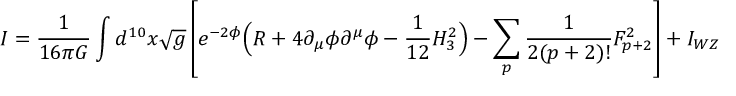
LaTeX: I = \frac { 1 } { 1 6 \pi G } \int d ^ { 1 0 } x \sqrt { g } \left[ e ^ { - 2 \phi } \Big ( R + 4 \partial _ { \mu } \phi \partial ^ { \mu } \phi - \frac { 1 } { 1 2 } H _ { 3 } ^ { 2 } \Big ) - \sum _ { p } \frac { 1 } { 2 ( p + 2 ) ! } F _ { p + 2 } ^ { 2 } \right] + I _ { W Z }